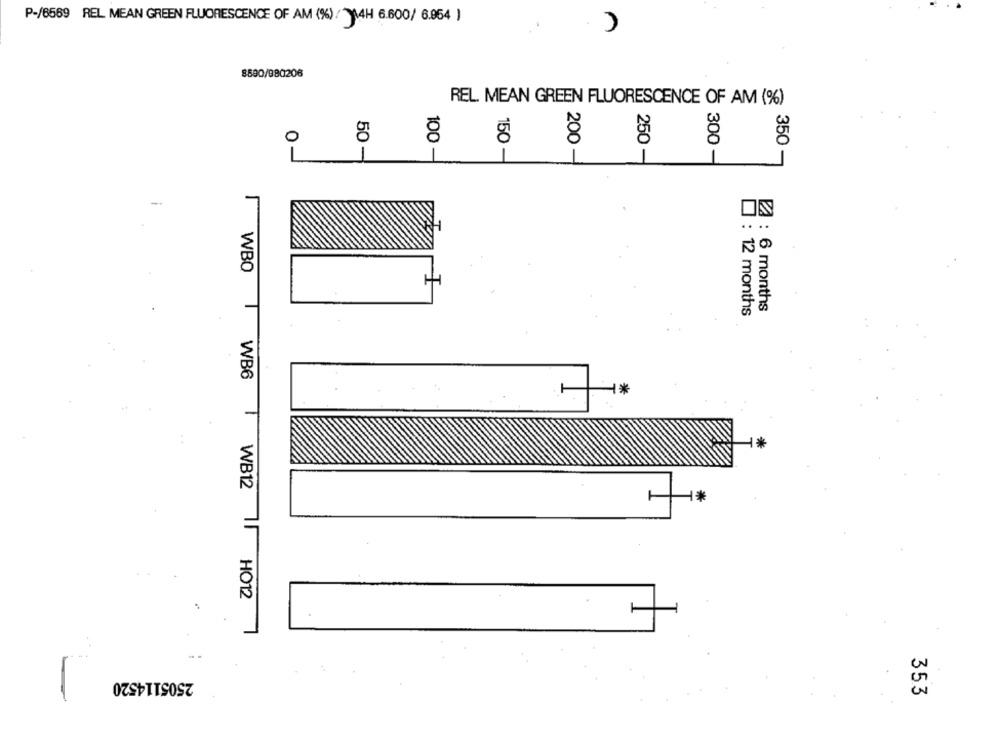
P-/6569 REL MEAN GREEN FLUORESCENCE OF AM (%) : 14H 6.600/ 6.954 )
n
8590/980206
REL MEAN GREEN FLUORESCENCE OF AM (%)
100
0-
350 -
50 -
1
150 -
200 -
250 -
300 -
WBO
RA : 6 months
: 12 months
WB6
-
WB12
*
HO12
2505114520
353